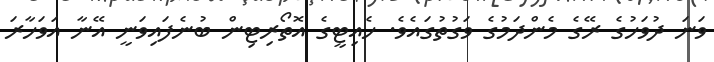
ވަނަ ދުވަހުގެ ރޭގެ މެންދަމުގެ ވަގުތުގައެވެ. ހެއިޓީގެ އޮތޯރިޓިން ބުނެފައިވަނީ އޭނާ އަވަހާރަ